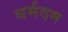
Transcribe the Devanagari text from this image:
धर्मदम